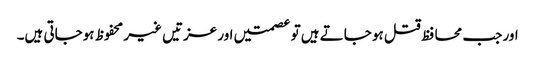
اور جب محا فظ قتل ہو جاتے ہیں تو عصمتیں اور عزتیں غیر محفوظ ہوجاتی ہیں۔